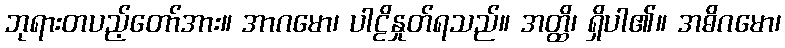
ဘုရားတပည့်တော်အား။ အာဂမော၊ ပါဠိနှုတ်ရသည်။ အတ္ထိ၊ ရှိပါ၏။ အဓိဂမော၊